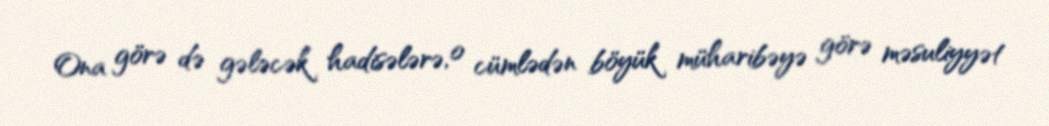
Ona görə də gələcək hadisələrə, o cümlədən böyük müharibəyə görə məsuliyyət